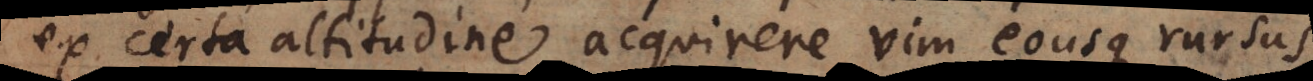
ex certa altitudine acquirere vim eousque rursus